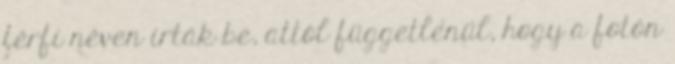
férfi néven írták be, attól függetlenül, hogy a fotón